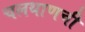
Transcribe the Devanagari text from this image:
चलथाणची